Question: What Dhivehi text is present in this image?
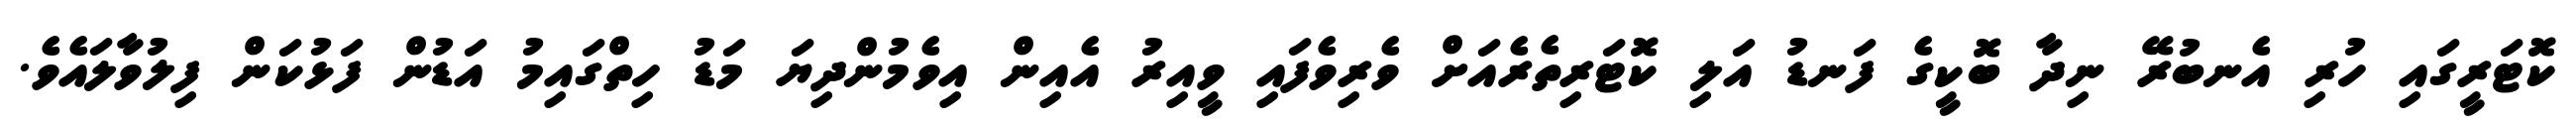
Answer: ކޮޓަރީގައި ހުރި އެނބުރޭ ނިދާ ބޮކީގެ ފަނޑު އަލި ކޮޓަރިތެރެއަށް ވެރިވެފައި ވީއިރު އެއިން އިވެމުންދިޔަ މަޑު ހިތްގައިމު އަޑުން ފަޅުކަން ފިލުވާލައެވެ.